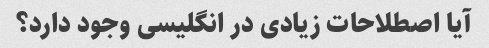
آیا اصطلاحات زیادی در انگلیسی وجود دارد؟